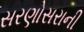
સરણોસરાની